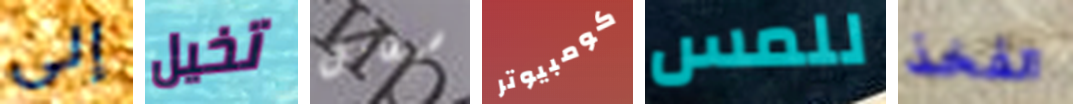
إلى تخيل سيقابل كومبيوتر للمس الفخذ